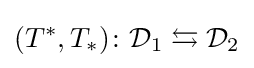
(T^{*},T_{*})\colon {\mathcal {D}}_{1}\leftrightarrows {\mathcal {D}}_{2}